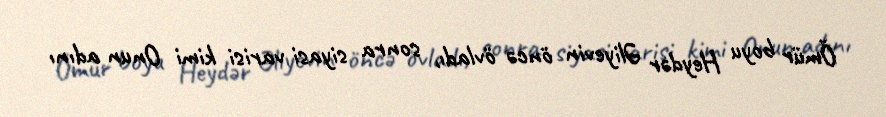
Ömür boyu Heydər Əliyevin öncə övladı, sonra siyasi varisi kimi Onun adını